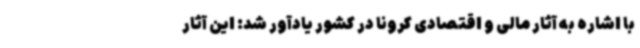
با اشاره به آثار مالی و اقتصادی کرونا در کشور یادآور شد: این آثار